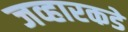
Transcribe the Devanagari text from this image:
जव्हारकडे